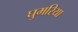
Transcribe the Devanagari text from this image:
घुमरिया